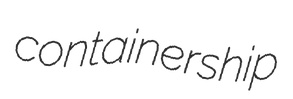
containership